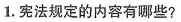
1.宪法规定的内容有哪些?